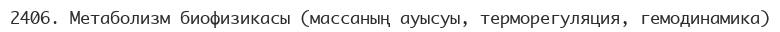
2406. Метаболизм биофизикасы (массаның ауысуы, терморегуляция, гемодинамика)